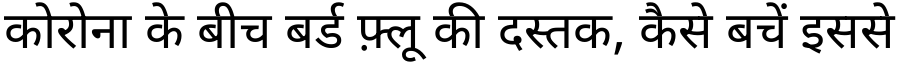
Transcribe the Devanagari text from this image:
कोरोना के बीच बर्ड फ़्लू की दस्तक, कैसे बचें इससे